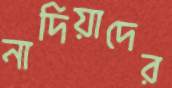
নাদিয়াদের